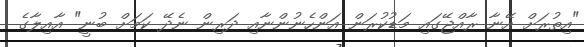
"އިތުރަށް އޭނާ ރާއްޖޭގައި މަޑުކުރަން އަންހެނުންނާއި ދަރިން ނެދޭ ކަމަށް ބުނީ" އާއިލާގެ